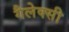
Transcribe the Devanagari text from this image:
गैलेक्‍सी